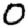
Digit: 0